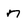
Character: n